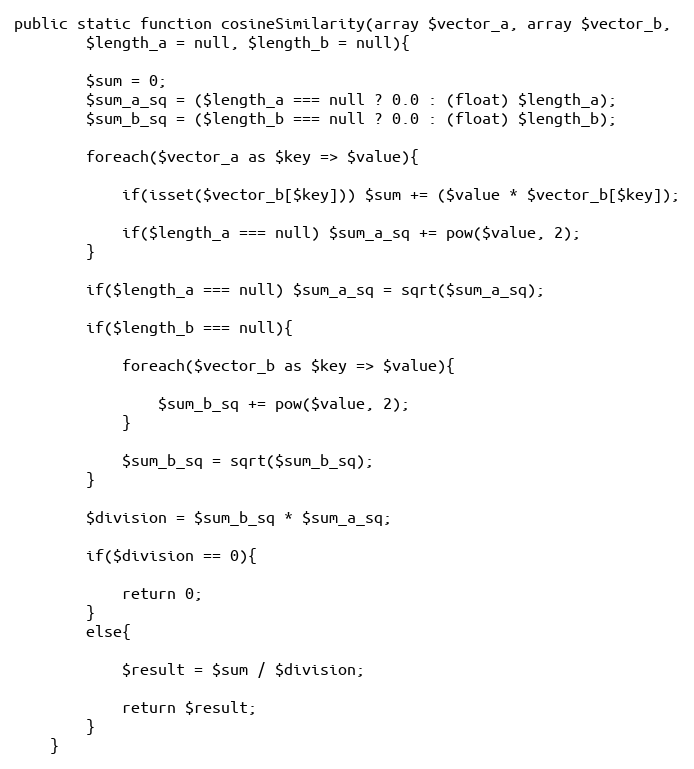
Language: PHP
public static function cosineSimilarity(array $vector_a, array $vector_b,
		$length_a = null, $length_b = null){

		$sum = 0;
		$sum_a_sq = ($length_a === null ? 0.0 : (float) $length_a);
		$sum_b_sq = ($length_b === null ? 0.0 : (float) $length_b);

		foreach($vector_a as $key => $value){

			if(isset($vector_b[$key])) $sum += ($value * $vector_b[$key]);

			if($length_a === null) $sum_a_sq += pow($value, 2);
		}

		if($length_a === null) $sum_a_sq = sqrt($sum_a_sq);

		if($length_b === null){

			foreach($vector_b as $key => $value){

				$sum_b_sq += pow($value, 2);
			}

			$sum_b_sq = sqrt($sum_b_sq);
		}

		$division = $sum_b_sq * $sum_a_sq;

		if($division == 0){

			return 0;
		}
		else{

			$result = $sum / $division;

			return $result;
		}
	}